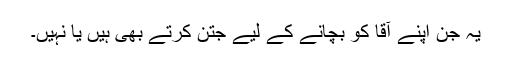
یہ جن اپنے آقا کو بچانے کے لیے جتن کرتے بھی ہیں یا نہیں۔